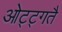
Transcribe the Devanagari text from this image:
ओट्ट्गतै